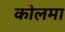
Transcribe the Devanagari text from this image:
कोलमा